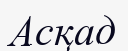
Асқад